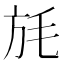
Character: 𣬵